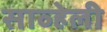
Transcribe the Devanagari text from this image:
साव्हेली